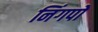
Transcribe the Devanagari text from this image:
निंगपो